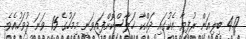
4.17 ބިލިއަން ރުފިޔާ އެކުގައި ދައްކާ ޚަލާސްކޮށްފައިވަނީ މިމަހުގެ 15 ވަނަ ދުވަހުއެވެ.